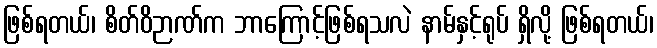
ဖြစ်ရတယ်၊ စိတ်ဝိဉာဏ်က ဘာကြောင့်ဖြစ်ရသလဲ နာမ်နှင့်ရုပ် ရှိလို့ ဖြစ်ရတယ်၊